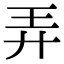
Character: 弄